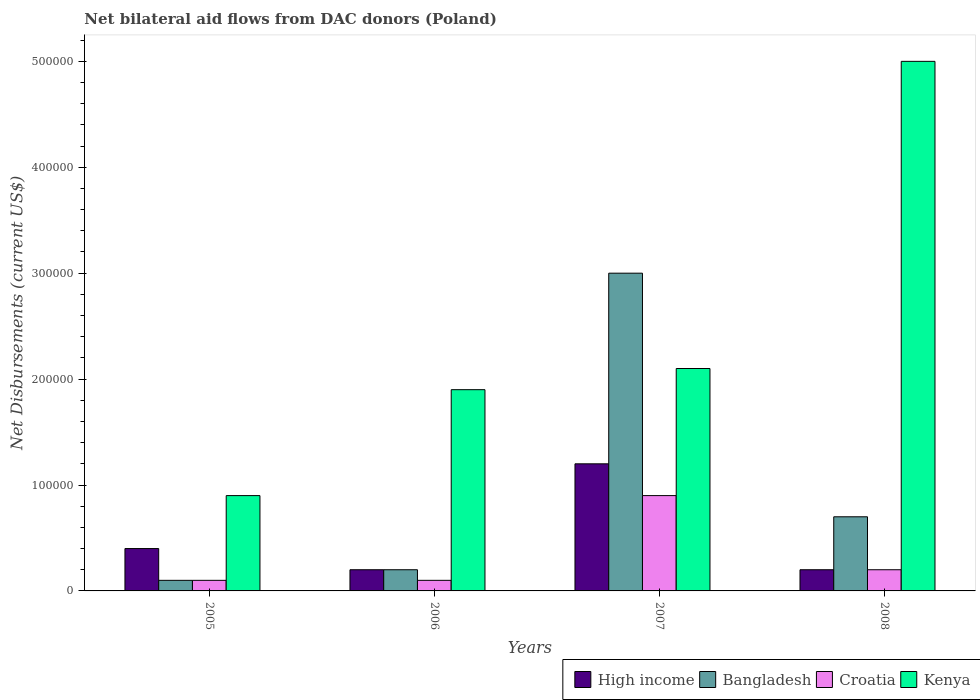
| Years | High income | Bangladesh | Croatia | Kenya |
 | --- | --- | --- | --- | --- |
 | 2005 | 4e+04 | 1e+04 | 1e+04 | 9e+04 |
 | 2006 | 2e+04 | 2e+04 | 1e+04 | 1.9e+05 |
 | 2007 | 1.2e+05 | 3e+05 | 9e+04 | 2.1e+05 |
 | 2008 | 2e+04 | 7e+04 | 2e+04 | 5e+05 |